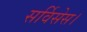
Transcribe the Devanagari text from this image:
सर्विसेस।